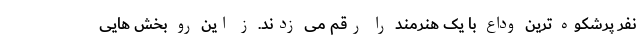
نفر پرشکوه ترین وداع با یک هنرمند را رقم می زدند. ز این رو بخش هایی